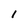
Character: 1